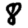
Digit: 8